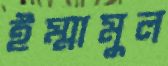
ইম্মামুল